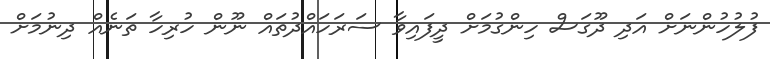
ފުލުހުންނަށް އަދި ދޫގަސް ހިންގުމަށް ދީފައިވާ ސަރަހައްދުތައް ނޫން ހުރިހާ ތަނެއް ދިނުމަށް